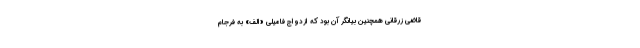
قاضی زرقانی همچنین بیانگر آن بود که ازدواج فامیلی «الف» به فرجام